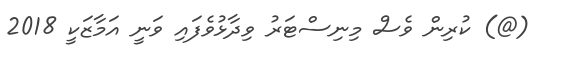
(@) ކުރިން ވެސް މިނިސްޓަރު ވިދާޅުވެފައި ވަނީ އަމާޒަކީ 2018